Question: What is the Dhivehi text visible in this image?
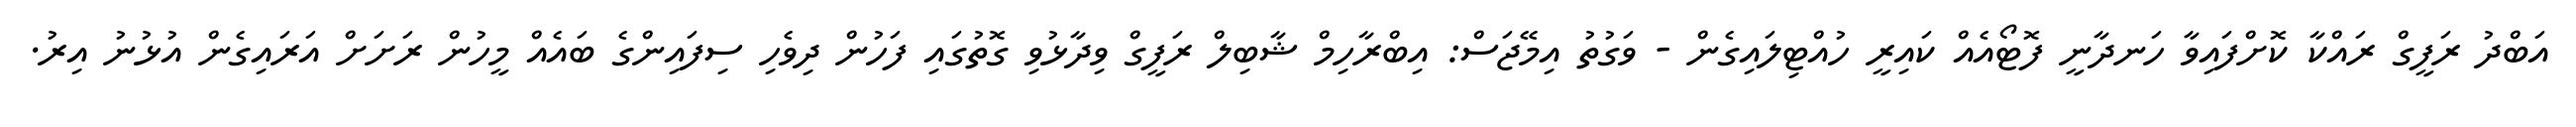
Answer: އަބްދު ރަފީގް ރައްކާ ކޮށްފައިވާ ހަނދާނީ ފޮޓޯއެއް ކައިރީ ހުއްޓިލައިގެން - ވަގުތު އިމޭޖަސް: އިބްރާހިމް ޝާބިލް ރަފީގް ވިދާޅުވި ގޮތުގައި ފަހުން ދިވެހި ސިފައިންގެ ބައެއް މީހުން ރަށަށް އަރައިގެން އުޅުނު އިރު.